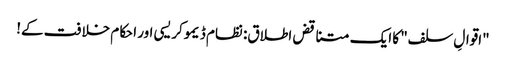
"اقوالِ سلف" کا ایک متناقض اطلاق: نظام ڈیموکریسی اور احکام خلافت کے!